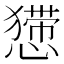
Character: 𢢐